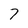
Character: 7